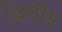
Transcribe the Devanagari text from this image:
द्धितीय